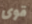
قوى